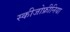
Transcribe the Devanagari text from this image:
स्‍कीजोफ्रीनिया